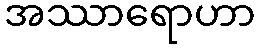
အဿာရောဟာ